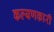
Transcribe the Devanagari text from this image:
कल्यणकारी